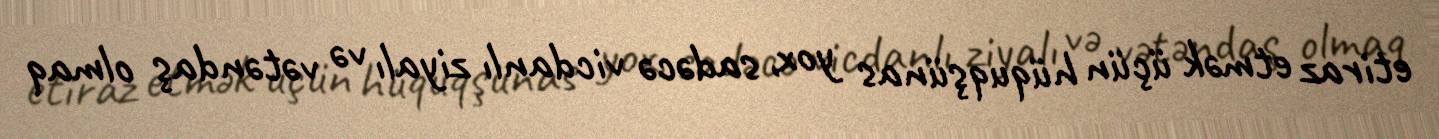
etiraz etmək üçün hüquqşünas yox, sadəcə vicdanlı ziyalı və vətəndaş olmaq